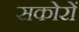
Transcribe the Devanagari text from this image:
सकोरों